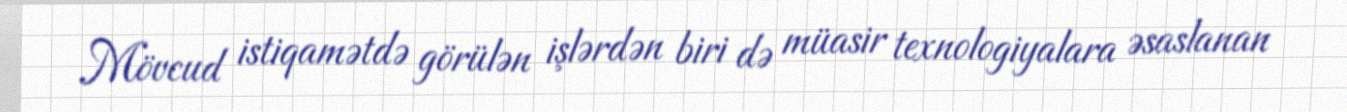
Mövcud istiqamətdə görülən işlərdən biri də müasir texnologiyalara əsaslanan